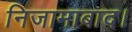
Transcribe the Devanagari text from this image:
निजामाबाद।